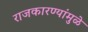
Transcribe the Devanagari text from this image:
राजकारण्यांमुळे